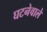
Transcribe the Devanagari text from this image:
घटनेवाले